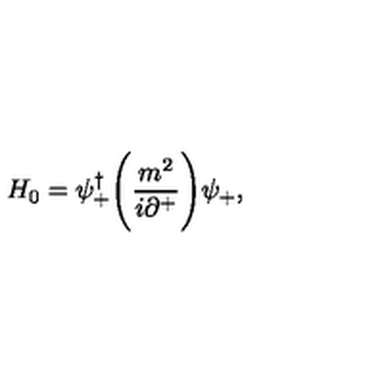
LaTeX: H _ { 0 } = \psi _ { + } ^ { \dagger } \Biggl ( { \frac { m ^ { 2 } } { i \partial ^ { + } } } \Biggr ) \psi _ { + } ,